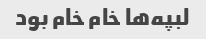
لبپه‌ها خام خام بود